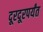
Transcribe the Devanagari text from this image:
दूरदूरपर्यंत